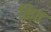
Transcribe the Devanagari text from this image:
क़ित